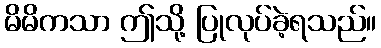
မိမိကသာ ဤသို့ ပြုလုပ်ခဲ့ရသည်။